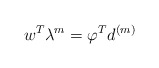
\begin{align*}w^{T}\lambda^{m}=\varphi^{T}d^{\left( m\right) }\end{align*}